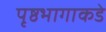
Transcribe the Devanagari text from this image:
पृष्ठभागाकडे